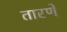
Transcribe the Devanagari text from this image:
तारणे